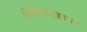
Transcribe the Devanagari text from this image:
विश्रामगृहावर